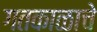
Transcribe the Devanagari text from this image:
गतकाळाचे